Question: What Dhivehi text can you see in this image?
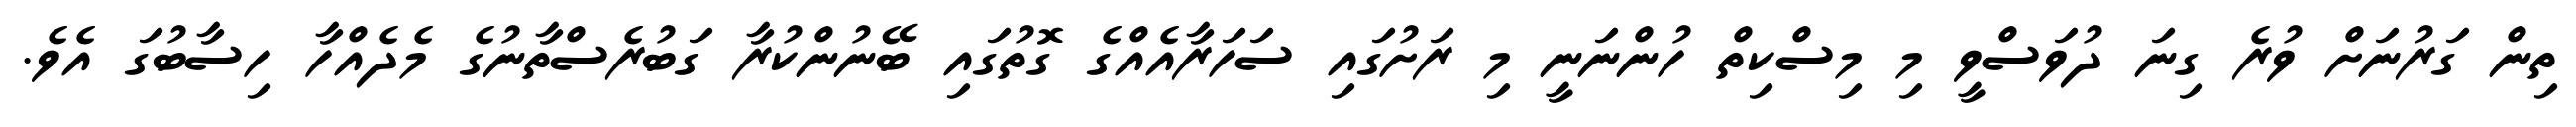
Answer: ތިން ގަރުނަށް ވުރެ ގިނަ ދުވަސްވީ މި މިސްކިތް ހުންނަނީ މި ރަށުގައި ސަހަރާއެއްގެ ގޮތުގައި ބޭނުންކުރާ ގަބުރެސްތާނުގެ މެދެއްހާ ހިސާބުގަ އެވެ.